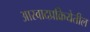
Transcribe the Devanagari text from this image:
आस्वादप्रक्रियेतील